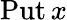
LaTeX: \operatorname{Put}x